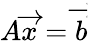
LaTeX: A{\overrightarrow{x}}={\overrightarrow{b}}